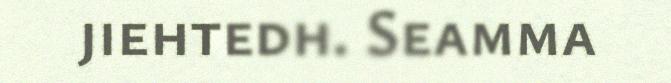
jiehtedh. Seamma